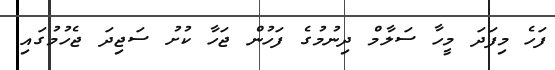
ފަހެ މިފަދަ މީހާ ސަލާމް ދިނުމުގެ ފަހުން ޖަހާ ކުށު ސަޖިދަ ޖެހުމުގައި